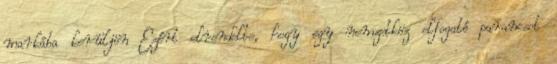
markába kerüljön Ezért elrendelte, hogy egy nemzetköz elfogató parancsot